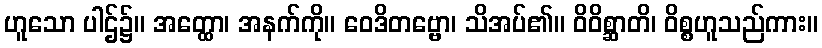
ဟူသော ပါဌ်၌။ အတ္ထော၊ အနက်ကို။ ဝေဒိတဗ္ဗော၊ သိအပ်၏။ ဝိဝိစ္ဆာတိ၊ ဝိစ္စဟူသည်ကား။